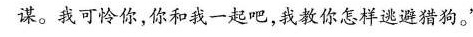
谋。我可怜你，你和我一起吧，我教你怎样逃避猎狗。